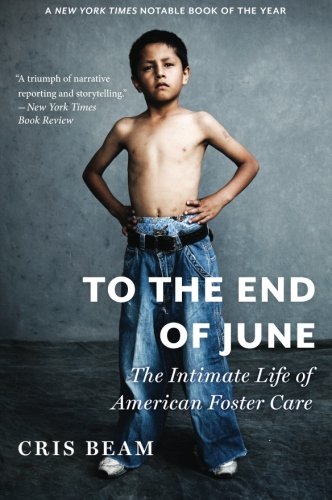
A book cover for To the End of June: The Intimate Life of American Foster Care; Cris Beam; Parenting & Relationships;